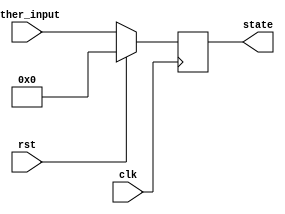
module synchronous_reset_example (
    input wire clk,            // Clock signal
    input wire rst,            // Synchronous reset signal
    input wire [3:0] other_input, // Other input signals
    output reg [3:0] state     // Output state signal
);

// Define the reset state
localparam RESET_STATE = 4'b0000; // Example reset state

// Sequential logic block
always @(posedge clk) begin
    if (rst) begin
        // Synchronous reset: Set the state to the reset state
        state <= RESET_STATE;
    end else begin
        // Normal operation: Update state based on other inputs (example operation)
        state <= other_input; // Modify this logic as needed for your design
    end
end

endmodule